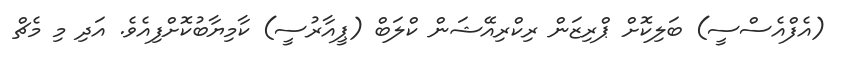
(އެފްއެސްސީ) ބަލިކޮށް ޕްރިޒަން ރިކްރިއޭޝަން ކްލަބް (ޕީއާރުސީ) ކާމިޔާބުކޮށްފިއެވެ. އަދި މި މެޗް